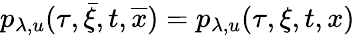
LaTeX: p_{\lambda,u}(\tau,\bar{\xi},t,\overline{{x}})=p_{\lambda,u}(\tau,\xi,t,x)